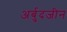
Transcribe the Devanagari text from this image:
अर्बुदजीन